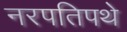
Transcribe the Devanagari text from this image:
नरपतिपथे